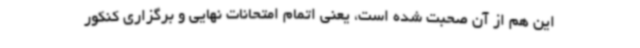
این هم از آن صحبت شده است، یعنی اتمام امتحانات نهایی و برگزاری کنکور